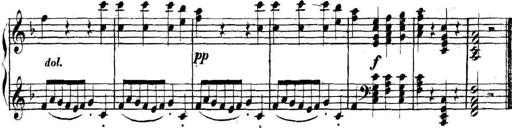
Title: Collected Piano Sonatas
Composer: Muzio Clementi